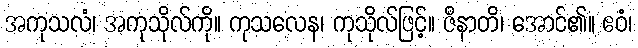
အကုသလံ၊ အကုသိုလ်ကို။ ကုသလေန၊ ကုသိုလ်ဖြင့်။ ဇိနာတိ၊ အောင်၏။ ဧဝံ၊